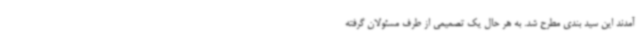
آمدند این سید بندی مطرح شد. به هر حال یک تصمیمی از طرف مسئولان گرفته